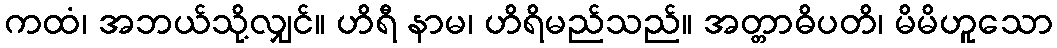
ကထံ၊ အဘယ်သို့လျှင်။ ဟိရီ နာမ၊ ဟိရိမည်သည်။ အတ္တာဓိပတိ၊ မိမိဟူသော